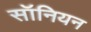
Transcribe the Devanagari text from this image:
सॉनियन